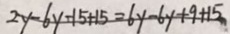
2 y - 6 y - 1 5 + 1 5 = 6 y - 6 y + 9 + 1 5